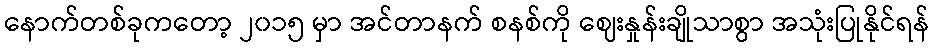
နောက်တစ်ခုကတော့ ၂၀၁၅ မှာ အင်တာနက် စနစ်ကို ဈေးနှုန်းချိုသာစွာ အသုံးပြုနိုင်ရန်